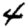
Digit: 4